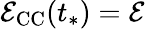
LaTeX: \mathcal{E}_{\mathrm{CC}}(t_{*})=\mathcal{E}